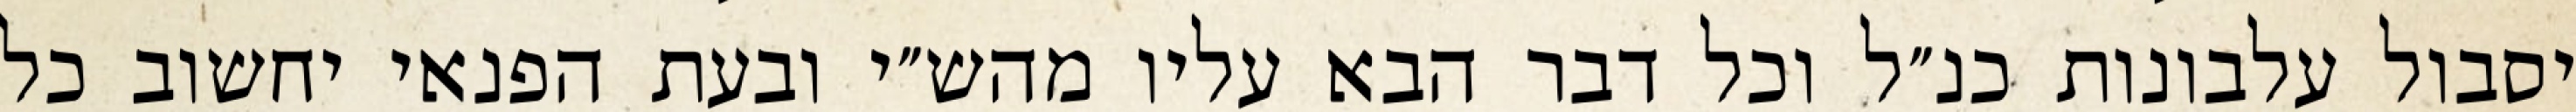
יסבול עלבונות כנ״ל וכל דבר הבא עליו מהש״י ובעת הפנאי יחשוב כל